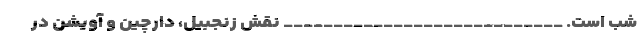
شب است. ____________________________ نقش زنجبیل، دارچین و آویشن در